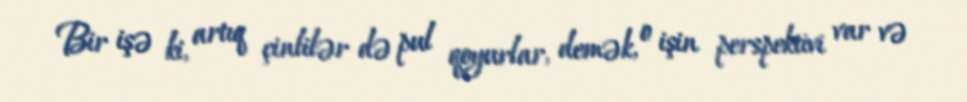
Bir işə ki, artıq çinlilər də pul qoyurlar, demək, o işin perspektivi var və